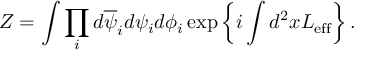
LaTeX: Z = \int \prod _ { i } d \overline { { { \psi } } } _ { i } d \psi _ { i } d \phi _ { i } \exp \left\{ i \int d ^ { 2 } x { \cal L } _ { \mathrm { e f f } } \right\} .